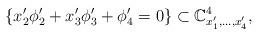
LaTeX: \begin{align*}\{x_2'\phi'_2+x_3'\phi'_3+\phi'_4=0\}\subset \mathbb C^4_{x_1',\dots,x_4'},\end{align*}